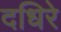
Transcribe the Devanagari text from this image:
दधिरे